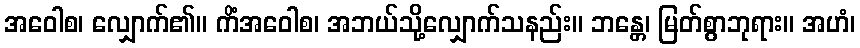
အဝေါစ၊ လျှောက်၏။ ကိံအဝေါစ၊ အဘယ်သို့လျှောက်သနည်း။ ဘန္တေ၊ မြတ်စွာဘုရား။ အဟံ၊